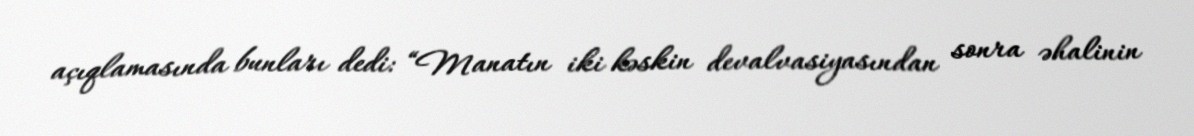
açıqlamasında bunları dedi: “Manatın iki kəskin devalvasiyasından sonra əhalinin